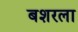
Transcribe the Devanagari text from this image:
बशरला